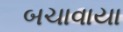
બચાવાયા